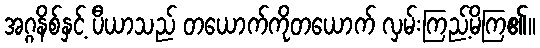
အဂ္ဂနိစ်နှင့် ပီယာသည် တယောက်ကိုတယောက် လှမ်းကြည့်မိကြ၏။